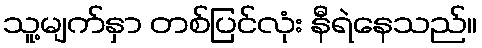
သူ့မျက်နှာ တစ်ပြင်လုံး နီရဲနေသည်။